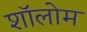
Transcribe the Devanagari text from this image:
शॉलोम